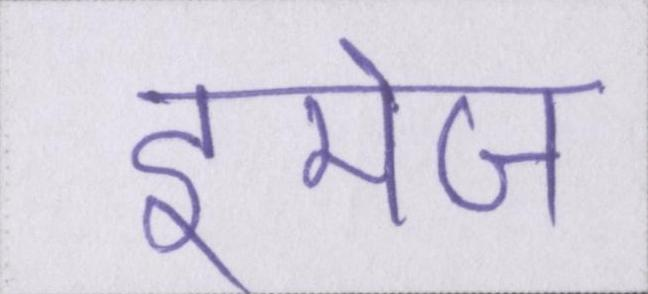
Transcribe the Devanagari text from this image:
इमेज